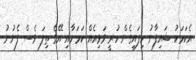
އެކަމަކު ޝައިފާނު ހިފައިގެން ހުރީ ވަޅިއެއް ކަމަށާއި އޭގެ ތިލަ ވެސް ފެނުނު